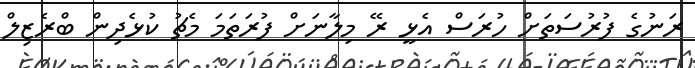
ރަނުގެ ފުރުސަތަށް ހުރަސް އެޅީ ރޭ މިލާނަށް ފުރަތަމަ މެޗު ކުޅެދިން ބްރެޒިލް